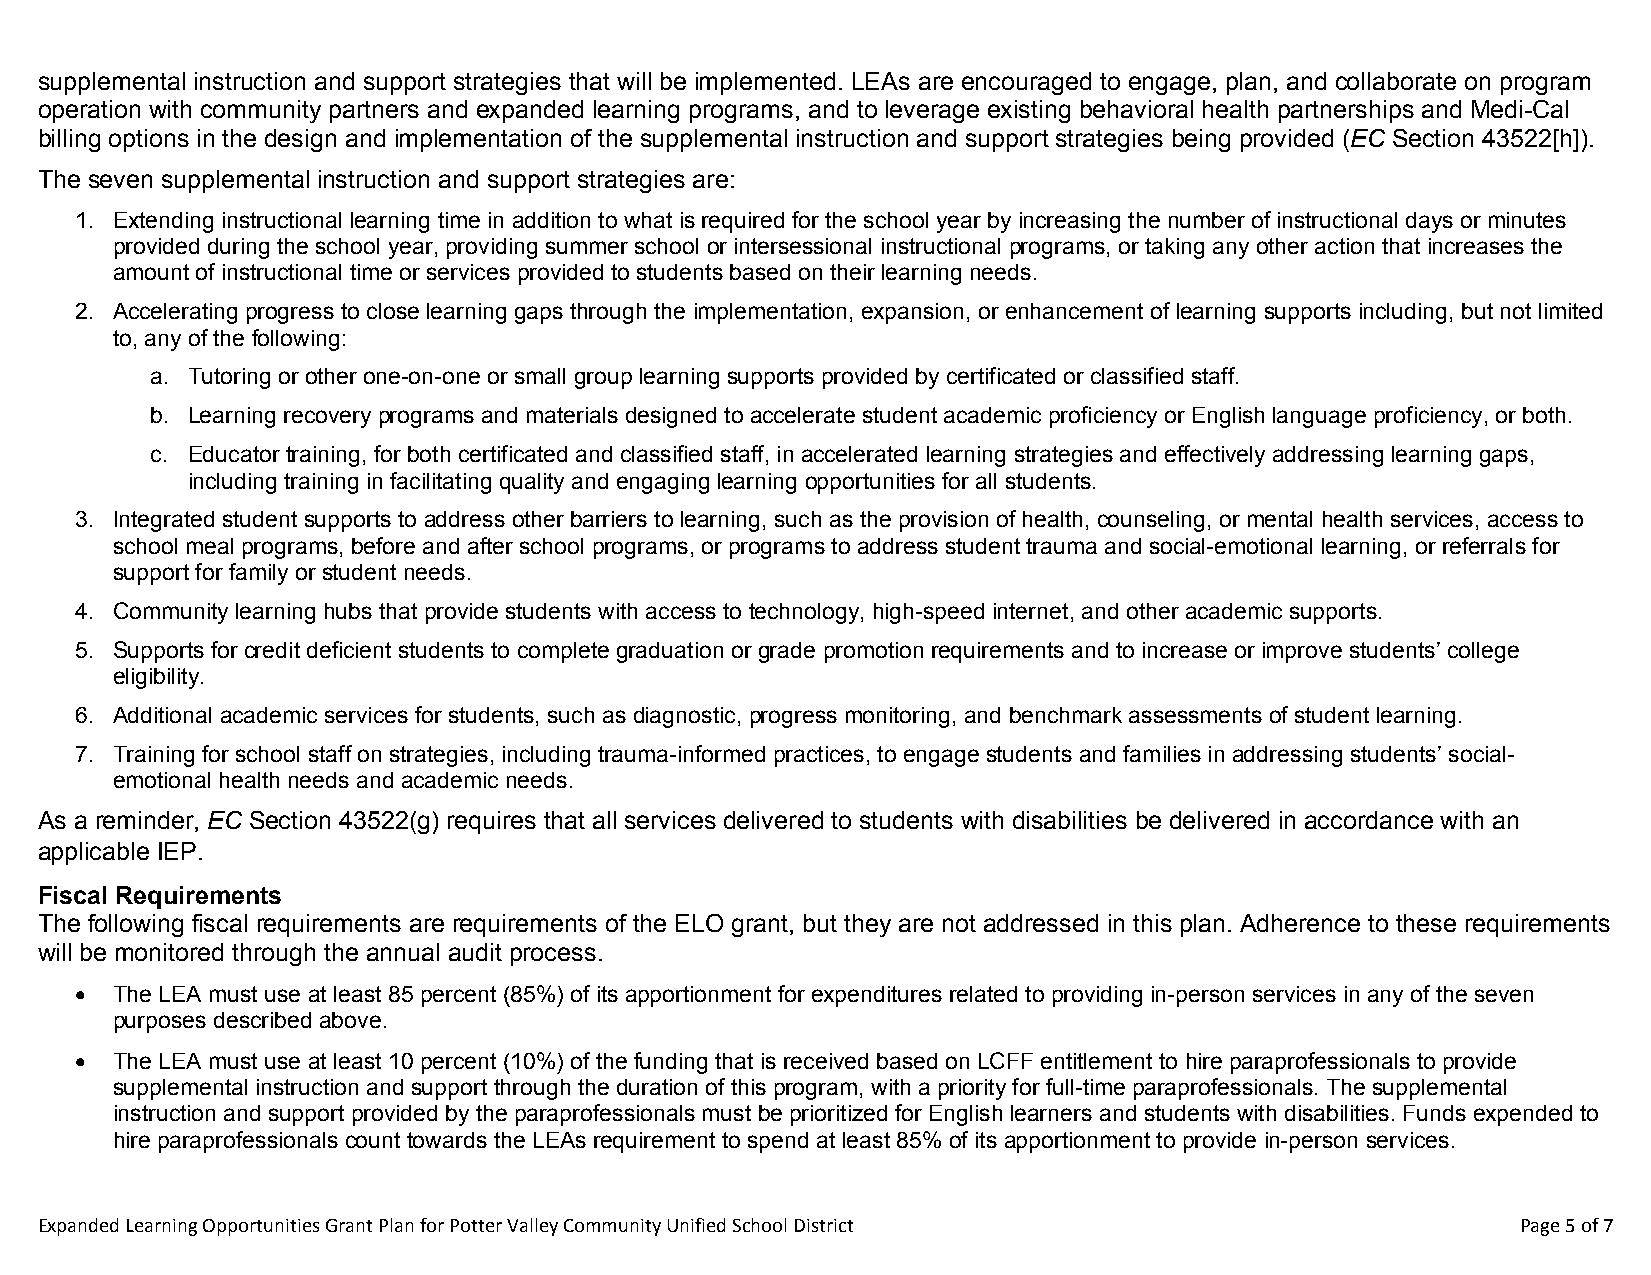
supplemental instruction and support strategies that will be implemented. LEAs are encouraged to engage, plan, and collaborate on program
 operation with community partners and expanded learning programs, and to leverage existing behavioral health partnerships and Medi-Cal
 billing options in the design and implementation of the supplemental instruction and support strategies being provided (EC Section 43522[h]).
 The seven supplemental instruction and support strategies are:
 1. Extending instructional learning time in addition to what is required for the school year by increasing the number of instructional days or minutes
 provided during the school year, providing summer school or intersessional instructional programs, or taking any other action that increases the
 amount of instructional time or services provided to students based on their learning needs.
 2. Accelerating progress to close learning gaps through the implementation, expansion, or enhancement of learning supports including, but not limited
 to, any of the following:
 a. Tutoring or other one-on-one or small group learning supports provided by certificated or classified staff.
 b. Learning recovery programs and materials designed to accelerate student academic proficiency or English language proficiency, or both.
 c. Educator training, for both certificated and classified staff, in accelerated learning strategies and effectively addressing learning gaps,
 including training in facilitating quality and engaging learning opportunities for all students.
 3. Integrated student supports to address other barriers to learning, such as the provision of health, counseling, or mental health services, access to
 school meal programs, before and after school programs, or programs to address student trauma and social-emotional learning, or referrals for
 support for family or student needs.
 4. Community learning hubs that provide students with access to technology, high-speed internet, and other academic supports.
 5. Supports for credit deficient students to complete graduation or grade promotion requirements and to increase or improve students’ college
 eligibility.
 6. Additional academic services for students, such as diagnostic, progress monitoring, and benchmark assessments of student learning.
 7. Training for school staff on strategies, including trauma-informed practices, to engage students and families in addressing students’ social-
 emotional health needs and academic needs.
 As a reminder, EC Section 43522(g) requires that all services delivered to students with disabilities be delivered in accordance with an
 applicable IEP.
 Fiscal Requirements
 The following fiscal requirements are requirements of the ELO grant, but they are not addressed in this plan. Adherence to these requirements
 will be monitored through the annual audit process.
  The LEA must use at least 85 percent (85%) of its apportionment for expenditures related to providing in-person services in any of the seven
 purposes described above.
  The LEA must use at least 10 percent (10%) of the funding that is received based on LCFF entitlement to hire paraprofessionals to provide
 supplemental instruction and support through the duration of this program, with a priority for full-time paraprofessionals. The supplemental
 instruction and support provided by the paraprofessionals must be prioritized for English learners and students with disabilities. Funds expended to
 hire paraprofessionals count towards the LEAs requirement to spend at least 85% of its apportionment to provide in-person services.
 Expanded Learning Opportunities Grant Plan for Potter Valley Community Unified School District     Page 5 of 7